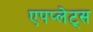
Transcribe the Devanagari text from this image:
एपप्लेट्स